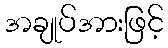
အချုပ်အားဖြင့်